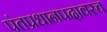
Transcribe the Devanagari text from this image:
पंतप्रधानपदावरच